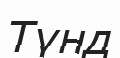
Түнд